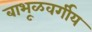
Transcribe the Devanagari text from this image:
बाभूळवर्गीय